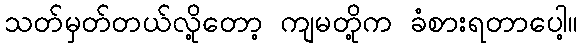
သတ်မှတ်တယ်လို့တော့ ကျမတို့က ခံစားရတာပေါ့။